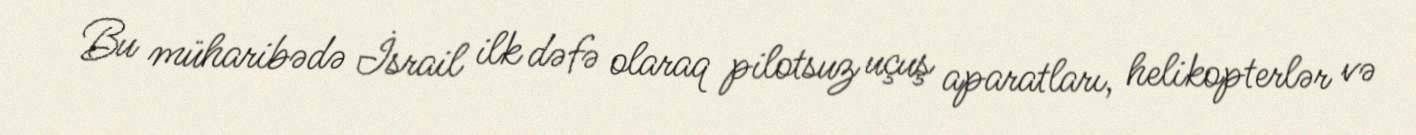
Bu müharibədə İsrail ilk dəfə olaraq pilotsuz uçuş aparatları, helikopterlər və